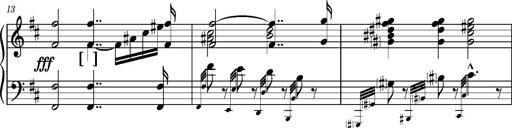
Title: 2 Sketches from 1829, S.692p
Composer: Franz Liszt
Key: B minor
 E flat major